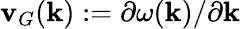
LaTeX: {\mathbf{v}}_{G}({\mathbf{k}}):=\partial\omega({\mathbf{k}})/\partial{\mathbf{k}}